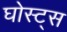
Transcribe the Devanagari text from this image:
घोस्ट्‌स